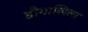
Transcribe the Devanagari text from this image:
डौगाव्पिल्स